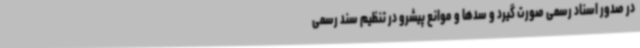
در صدور اسناد رسمی صورت گیرد و سدها و موانع پیشرو در تنظیم سند رسمی